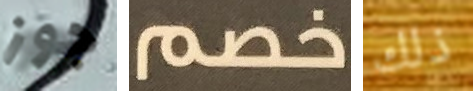
جوز خصم ذلك